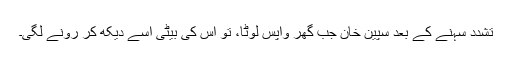
تشدد سہنے کے بعد سپین خان جب گھر واپس لوٹا، تو اس کی بیٹی اسے دیکھ کر رونے لگی۔